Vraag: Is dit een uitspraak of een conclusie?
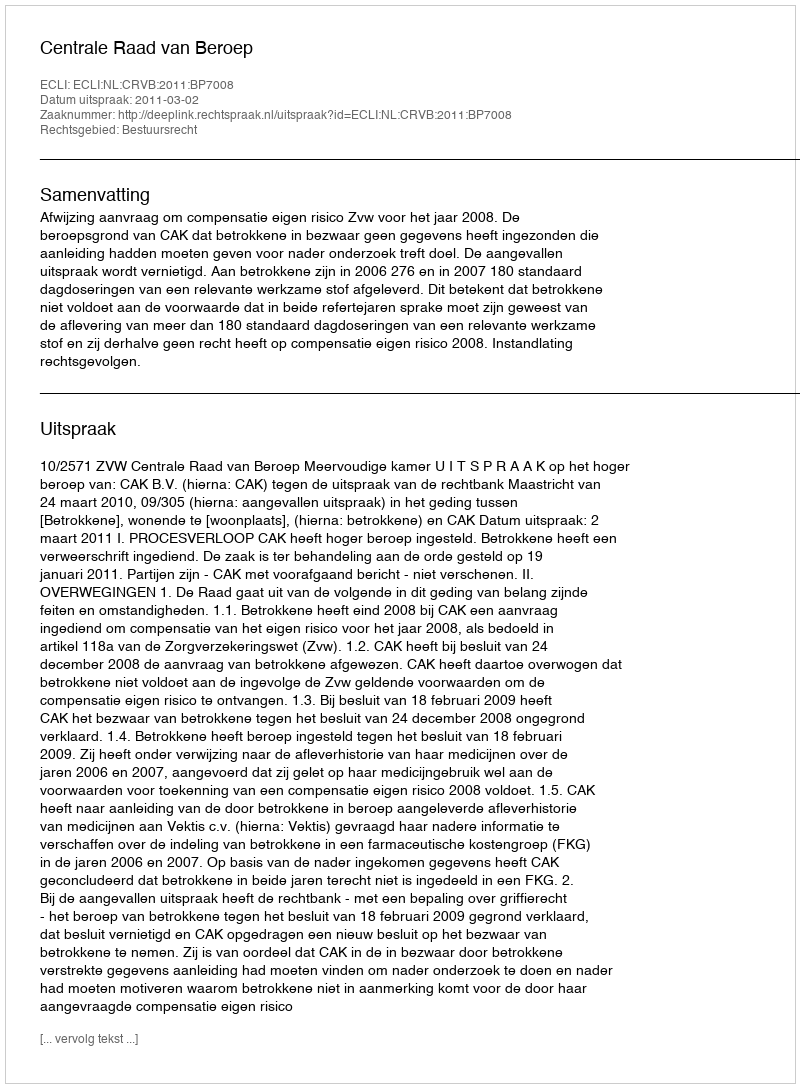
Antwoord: Uitspraak